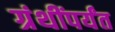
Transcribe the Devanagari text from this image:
ग्रंथींपर्यंत